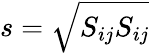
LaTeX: s=\sqrt{S_{ij}S_{ij}}